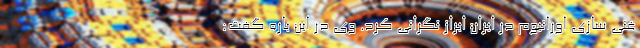
غنی سازی اورانیوم در ایران ابراز نگرانی کرد. وی در این باره گفت: